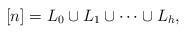
LaTeX: \begin{align*}[n] = L_0 \cup L_1 \cup \cdots \cup L_h,\end{align*}